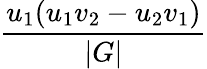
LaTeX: \frac{u_{1}(u_{1}v_{2}-u_{2}v_{1})}{|G|}